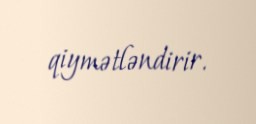
qiymətləndirir.